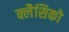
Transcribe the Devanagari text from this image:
क्लैसिको